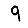
Digit: 9